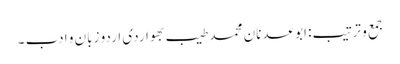
جمع و ترتیب: ابوعدنان محمد طیب بھواردی	اردو زبان و ادب ۔